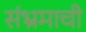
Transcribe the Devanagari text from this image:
संभ्रमाची